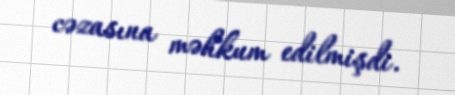
cəzasına məhkum edilmişdi.